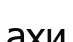
ахи